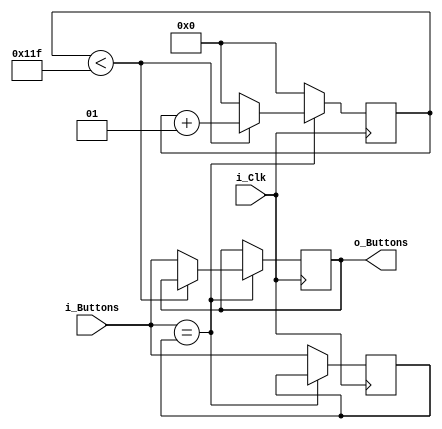
// --------------------------------------------------------------------------
// 
// Module : Basys3_button_debouncer
// 
// Language : Verilog 
// Description : Filters the signals received
//				 from the push buttons to alleviate bouncing
//				 and maintain signal integrity.
// --------------------------------------------------------------------------

module Basys3_button_debouncer 
	(
		input i_Clk,
		input [3:0] i_Buttons,
		output [3:0] o_Buttons
	);
	
	// Target clock frequency
	parameter c_CLK_FREQ = 106470000;
	
	// Time that signal must be stable in microseconds
	parameter c_FILTER_MICRO = 5000;
	
	// Number of cycles to wait to consider signal stable
	localparam c_FILTER_CYCLES = c_CLK_FREQ * c_FILTER_MICRO / 1000000;
	
	// Counts clock cycles that button input is stable
	integer ValidCount = 0;
	
	// Register button input and compare to future inputs
	reg [3:0] r_UnstableButtons = 0;
	
	// Register to hold the most previous signal, feed to output
	reg [3:0] r_Buttons = 0;
	
	always @(posedge(i_Clk)) begin
		if (i_Buttons == r_UnstableButtons) begin
			// Signal remains stable
			if (ValidCount < c_FILTER_CYCLES) begin
				// Hasn't reached full stability
				ValidCount <= ValidCount + 1;
			end else begin
				// Signal has held its value for long enough
				ValidCount <= 0;
				r_Buttons <= i_Buttons;
			end
		end else begin
			// Signal changed value
			ValidCount <= 0;
			r_UnstableButtons <= i_Buttons;
		end
	end
	
	assign o_Buttons = r_Buttons;
	
endmodule